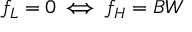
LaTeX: f _ { L } = 0 \, \Longleftrightarrow \, f _ { H } = B W